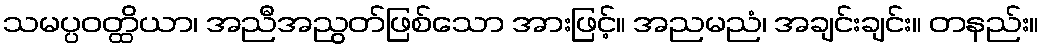
သမပ္ပဝတ္ထိယာ၊ အညီအညွတ်ဖြစ်သော အားဖြင့်။ အညမညံ၊ အချင်းချင်း။ တနည်း။